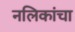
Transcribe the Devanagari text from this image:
नलिकांचा